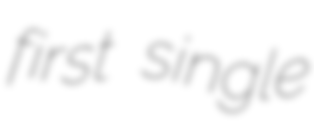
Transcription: first single